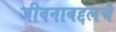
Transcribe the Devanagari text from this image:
जीवनाबद्दलचे